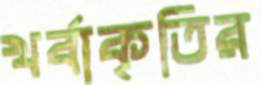
খর্বাকৃতির